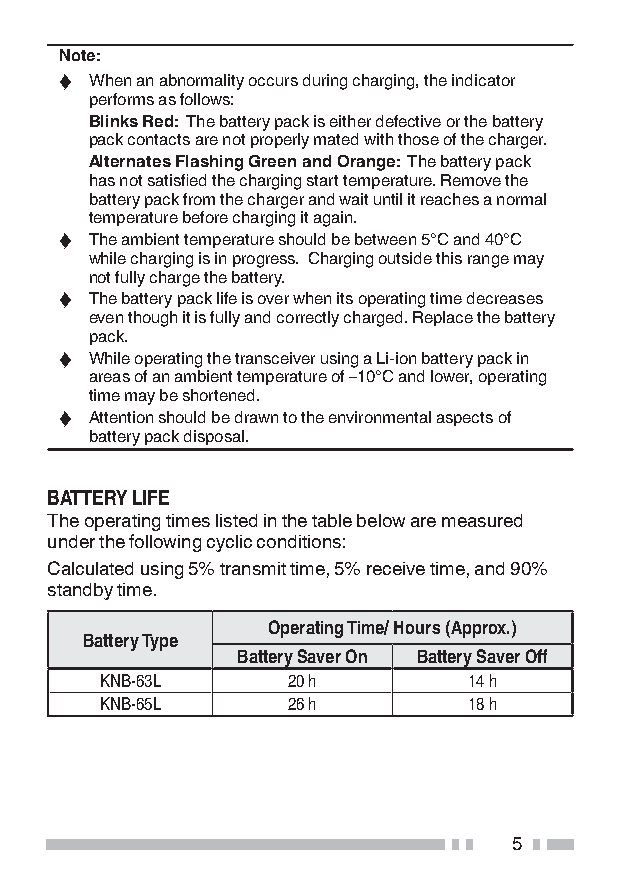
Note:
 ◆ When an abnormality occurs during charging, the indicator
 performs as follows:
 Blinks Red: The battery pack is either defective or the battery
 pack contacts are not properly mated with those of the charger.
 Alternates Flashing Green and Orange: The battery pack
 has not satisfied the charging start temperature. Remove the
 battery pack from the charger and wait until it reaches a normal
 temperature before charging it again.
 ◆ The ambient temperature should be between 5°C and 40°C
 while charging is in progress. Charging outside this range may
 not fully charge the battery.
 ◆ The battery pack life is over when its operating time decreases
 even though it is fully and correctly charged. Replace the battery
 pack.
 ◆ While operating the transceiver using a Li-ion battery pack in
 areas of an ambient temperature of –10°C and lower, operating
 time may be shortened.
 ◆ Attention should be drawn to the environmental aspects of
 battery pack disposal.
 BATTERy LIFE
 The operating times listed in the table below are measured
 under the following cyclic conditions:
 Calculated using 5% transmit time, 5% receive time, and 90%
 standby time.
 Operating Time/ Hours (Approx.)
 Battery Type
 Battery Saver On Battery Saver Off
 KNB-63L     20 h        14 h
 KNB-65L     26 h        18 h
 5